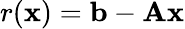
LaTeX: r(\mathbf{x})=\mathbf{b}-\mathbf{Ax}